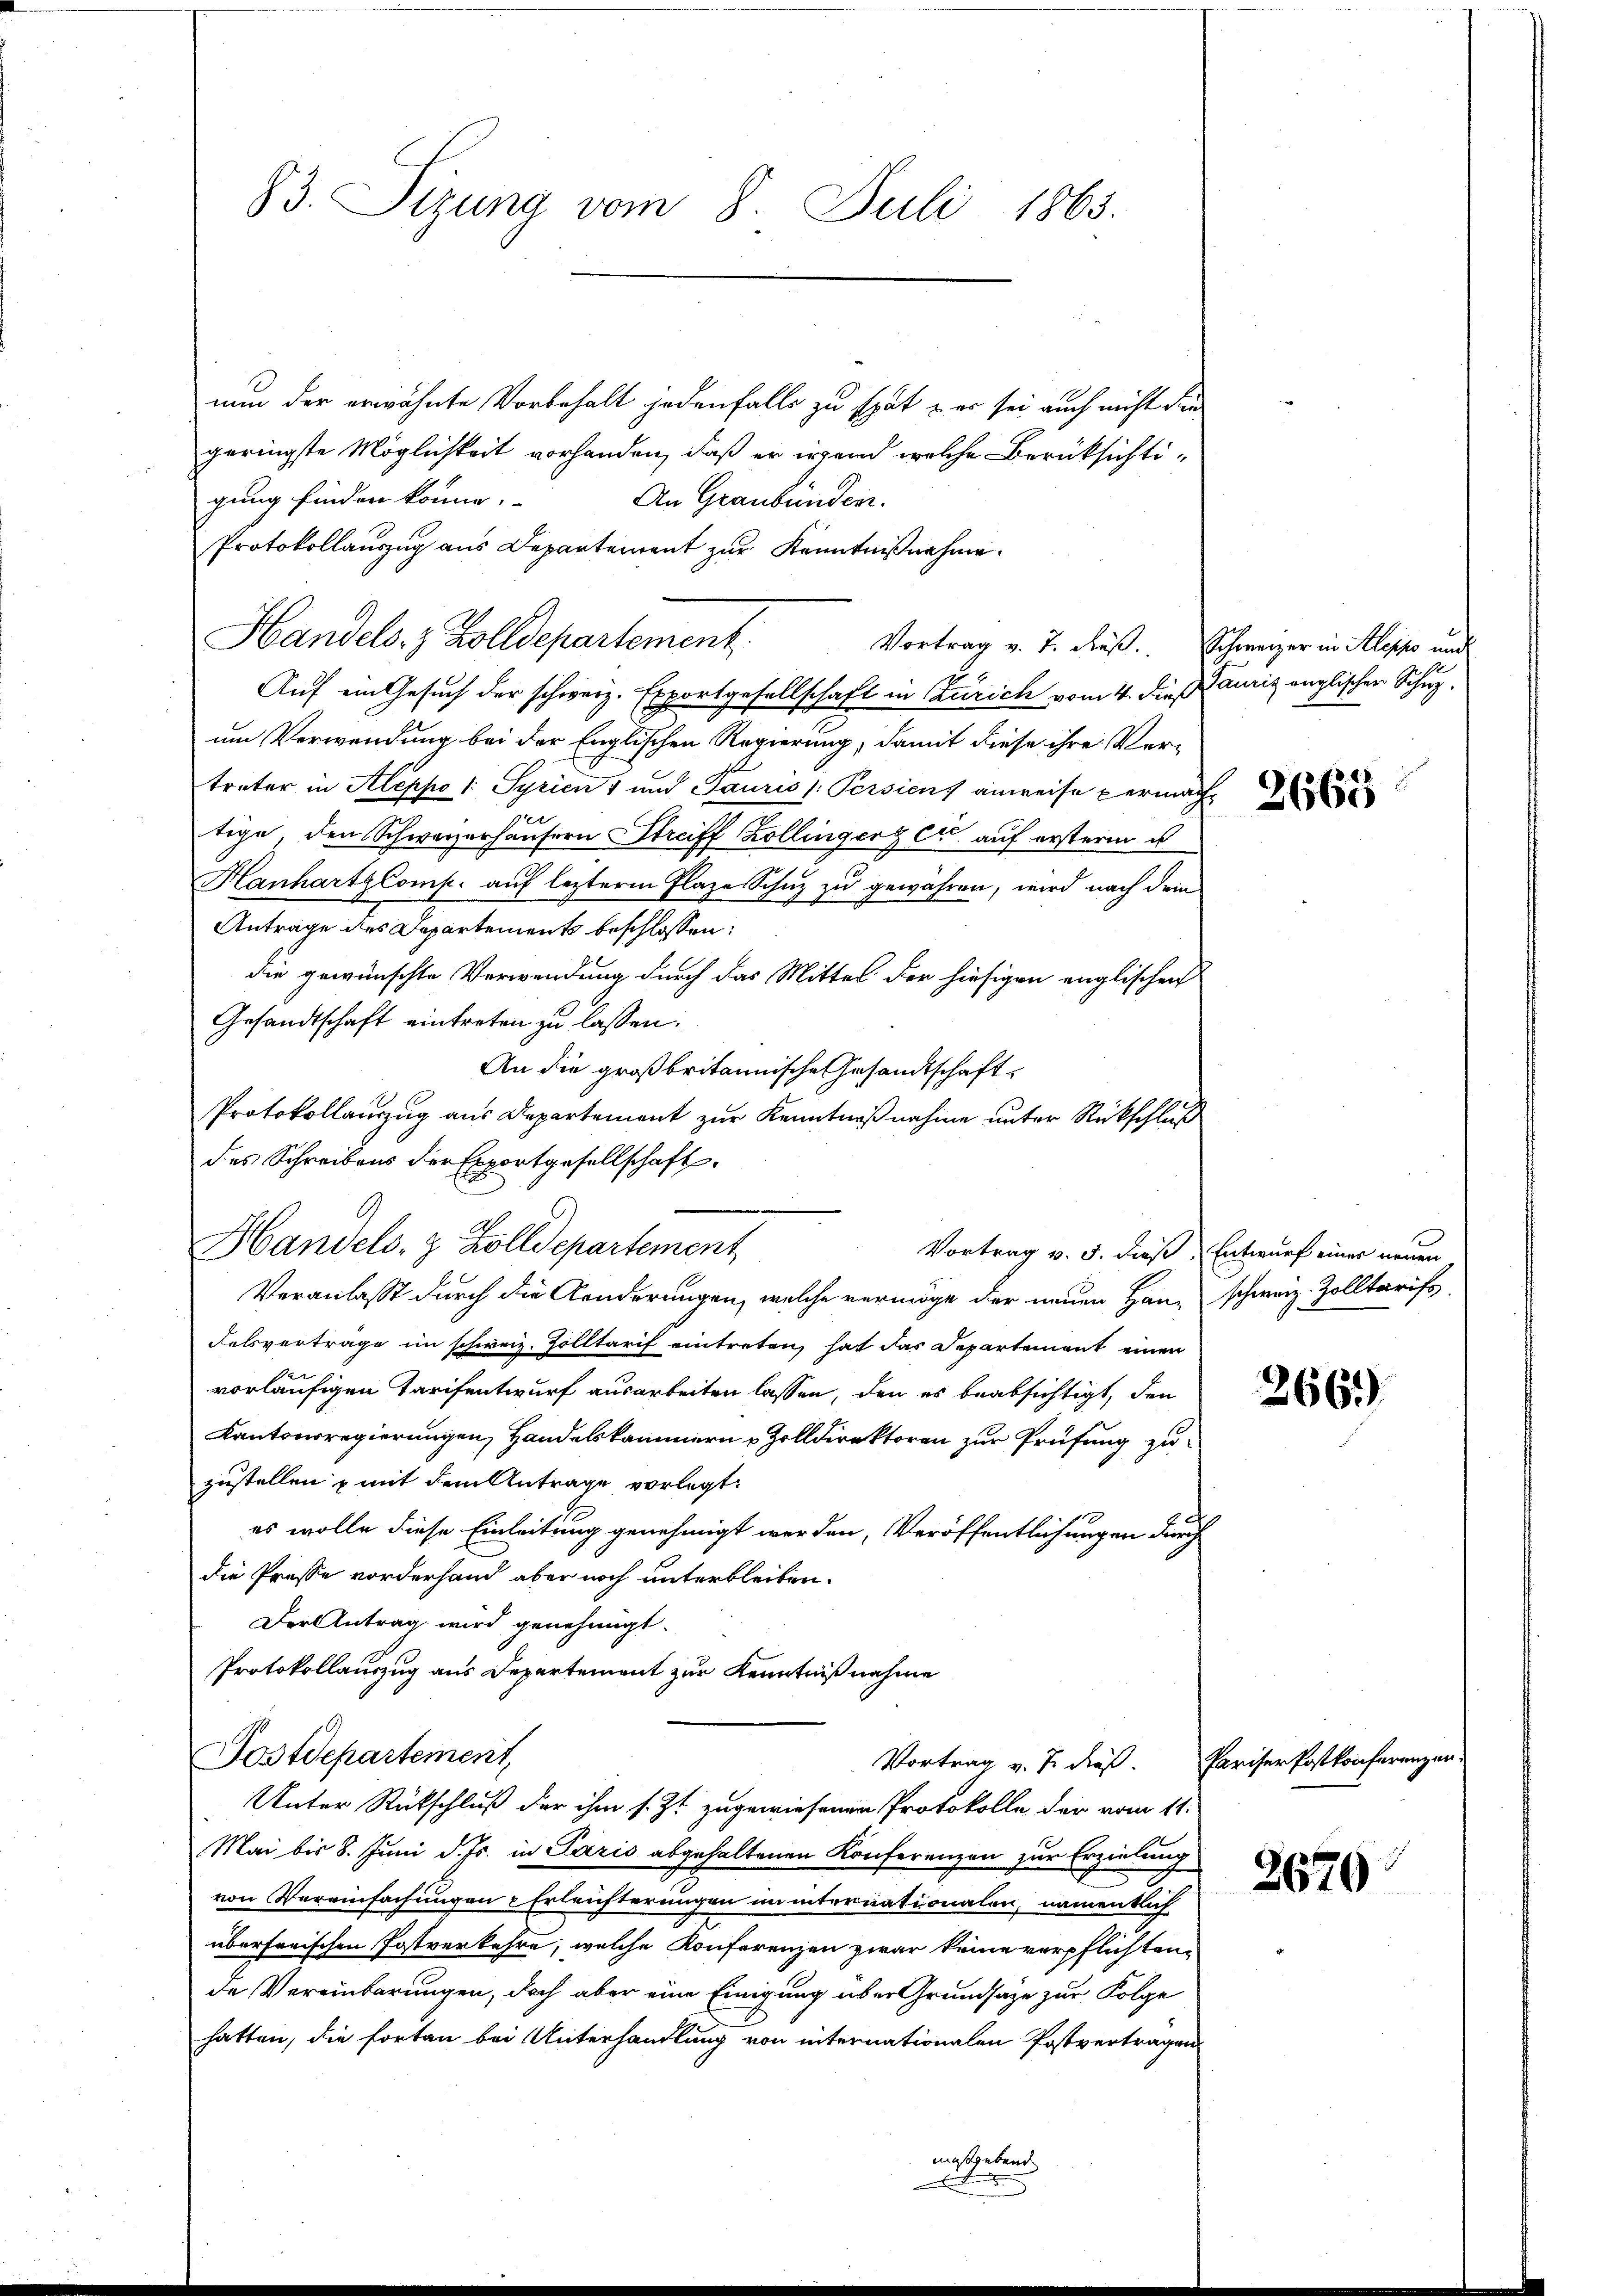
83. Sizung vom 8. Juli 1865.

nun der erwähnte Vorbehalt jedenfalls zu spät – er sei auch nicht die
geringste Möglichkeit vorhanden, daß er wand welche Berücksichtigung finden könne.
An Graubünden.
Protokollauszug aus Departement zur Kenntnißnahme.
Handels- & Zolldepartement
Auf ein Gesuch der schweiz. Exportgesellschaft in Zürich vom 4. dieß Janiz englischer Schupum Verwendung bei der Englischen Regierung, damit diese ihre Vertreter in Aleppo 1: Syrien 1 und Tauris /: Persien anweise permach
tige, den Schwarzerhäusern Streiff Zollingerzen auf erster u
HanhartzComp. auf letztere Flaze Schuz zu gewähren, wird nach dem
Antrage des Departements beschlossen:
die gewünschte Verwendung durch das Mittel der hiesigen englischen
Gesandtschaft eintreten zu lassen.
An die großbritannische Gesandtschaft
Protokollauszug aus Departement zur Kenntnißnahme unter Rückschluß
des Schreibens der Exportgesellschaft
Handels, z. Zolldepartement
Veranlasse durch die Konderungen, welche vermöge der neuen Hans schweiz. Zolltarifs,
Felsverträge im schweiz. Zolltarif eintreten, hat das Separtement einen
vorläufigen Tarifentwurf ausarbeiten lassen, den es beabsichtigt, den
Kantonsregierungen, Handelskammern Zolldirektoren zur Prüfung zu
zustellen & mit dem Antrage vorlegt.
es wolle diese Einleitung genehmigt werden, Veröffentlichungen durch
die Presse vorderhand aber noch unterbleiben.
Der Antrag wird genehmigt.
Protokollauszug aus Departement zur Kenntnißnahme
Postdepartement,
Vortrag v. J. dieß.
Unter Rückschluß der ihm s. Zt. zugewiesenen Protokolle der vom 11.
Mai bis 8. Juni d. Js. in Paris abgehaltenen Konferenzen zur Erzielung
von Vereinfachungen Erleichterungen in internationalen, namentlich
überfarischen Postverkehre, welche Konferenzen zwar keine verpflichtende Vereinbarungen, doch aber eine Einigung über Grundsätze zur Folge
hatten, die forten bei Unterhandlung von internationalen Postvertragen

Vortrag v. J. dieß. Schweizer in Klippo und

Vortrag v. 5. dieß, Entwurf einer neuen

mitte
i

2663

266)

Pariser Post konferenzen

2670